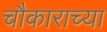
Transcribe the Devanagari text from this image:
चौकाराच्या